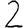
Digit: 2